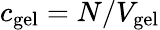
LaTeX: c_{\mathrm{gel}}=N/V_{\mathrm{gel}}